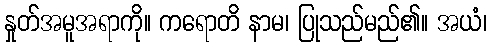
နှုတ်အမူအရာကို။ ကရောတိ နာမ၊ ပြုသည်မည်၏။ အယံ၊